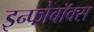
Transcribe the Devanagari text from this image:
इन्फोबॉक्स